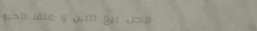
محل بيع التبن و علف الحيو